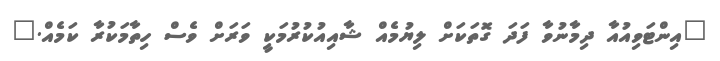
"އިންޓަވިއުއާ ދިމާނުވާ ފަދަ ގޮތަކަށް ލިޔުމެއް ޝާއިއުކުރުމަކީ ވަރަށް ވެސް ހިތާމަކުރާ ކަމެއް."